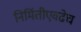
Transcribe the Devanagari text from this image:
निर्मितीएवढेच